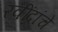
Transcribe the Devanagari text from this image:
रवींद्रांचे